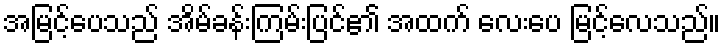
အမြင့်ပေသည် အိမ်ခန်းကြမ်းပြင်၏ အထက် လေးပေ မြင့်လေသည်။